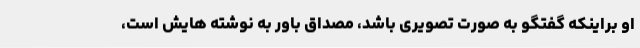
او براینکه گفتگو به صورت تصویری باشد، مصداق باور به نوشته هایش است،